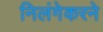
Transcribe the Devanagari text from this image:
निलंगेकरने